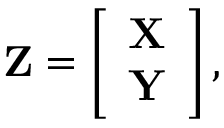
\mathbf { Z } = \left[ \begin{array} { c } { \mathbf { X } } \\ { \mathbf { Y } } \end{array} \right] ,